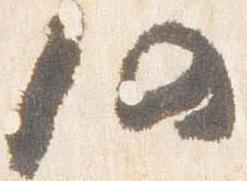
仍